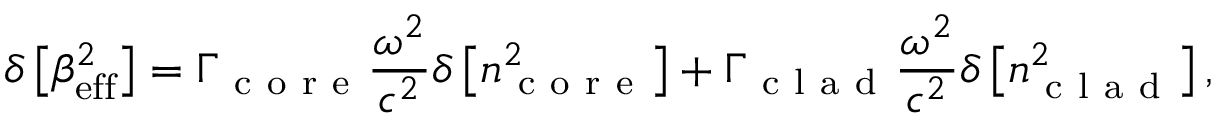
\delta \left[ \beta _ { \mathrm { e f f } } ^ { 2 } \right] = \Gamma _ { \mathrm { ~ c ~ o ~ r ~ e ~ } } \frac { \omega ^ { 2 } } { c ^ { 2 } } \delta \left[ n _ { \mathrm { ~ c ~ o ~ r ~ e ~ } } ^ { 2 } \right] + \Gamma _ { \mathrm { ~ c ~ l ~ a ~ d ~ } } \frac { \omega ^ { 2 } } { c ^ { 2 } } \delta \left[ n _ { \mathrm { ~ c ~ l ~ a ~ d ~ } } ^ { 2 } \right] ,